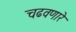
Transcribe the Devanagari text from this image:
चढवणारे